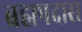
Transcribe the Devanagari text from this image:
ब्रह्मपदास